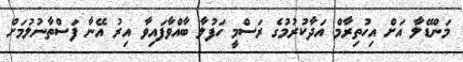
މަންޑޭލާ އަށް އިހުތިރާމް އަދާކުރުމުގެ ރަސްމީ ހަފުލާ ބާއްވާފައިވާ އިރު އޭނާ ފަސްތާނުލުމަށް